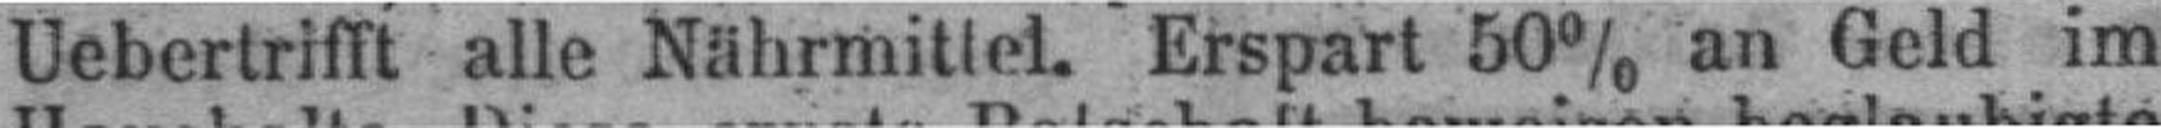
Uebertrifft alle Nährmittel. Erspart 50% an Geld im